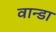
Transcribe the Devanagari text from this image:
वान्डा